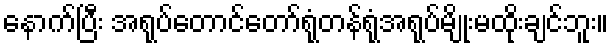
နောက်ပြီး အရုပ်တောင်တော်ရုံတန်ရုံအရုပ်မျိုးမထိုးချင်ဘူး။